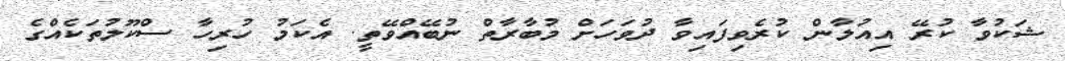
ޝަކުވާ ކުރޭ އިއުލާން ކުރެވިފައިވާ ދުވަހަށް މުބާރާތް ނުބޭއްވޭތީ. އެކަމު ހުރިހާ ސްކޫލުތަކެއްގެ